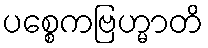
ပစ္စေကဗြဟ္မာတိ